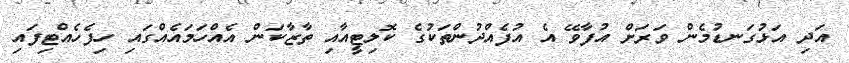
އަދި އަޅުގަނޑުމެން ވަރަށް އުފާވޭ އެ އުފެއްދުންތަކުގެ ކޮލިޓީއާއި ތާޒާކަން އެއްހަމައެއްގައި ހިފެހެއްޓިފައި